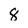
Character: 8